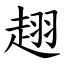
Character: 趐